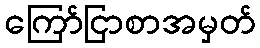
ကြော်ငြာစာအမှတ်